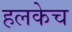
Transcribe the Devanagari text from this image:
हलकेच